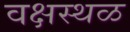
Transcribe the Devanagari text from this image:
वक्षस्थळ